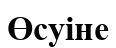
Өсуіне